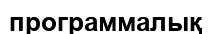
программалық